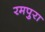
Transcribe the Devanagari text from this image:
रमपुरा